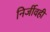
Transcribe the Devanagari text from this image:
निर्जीवही